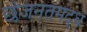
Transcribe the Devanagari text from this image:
छंजनतमद्ध